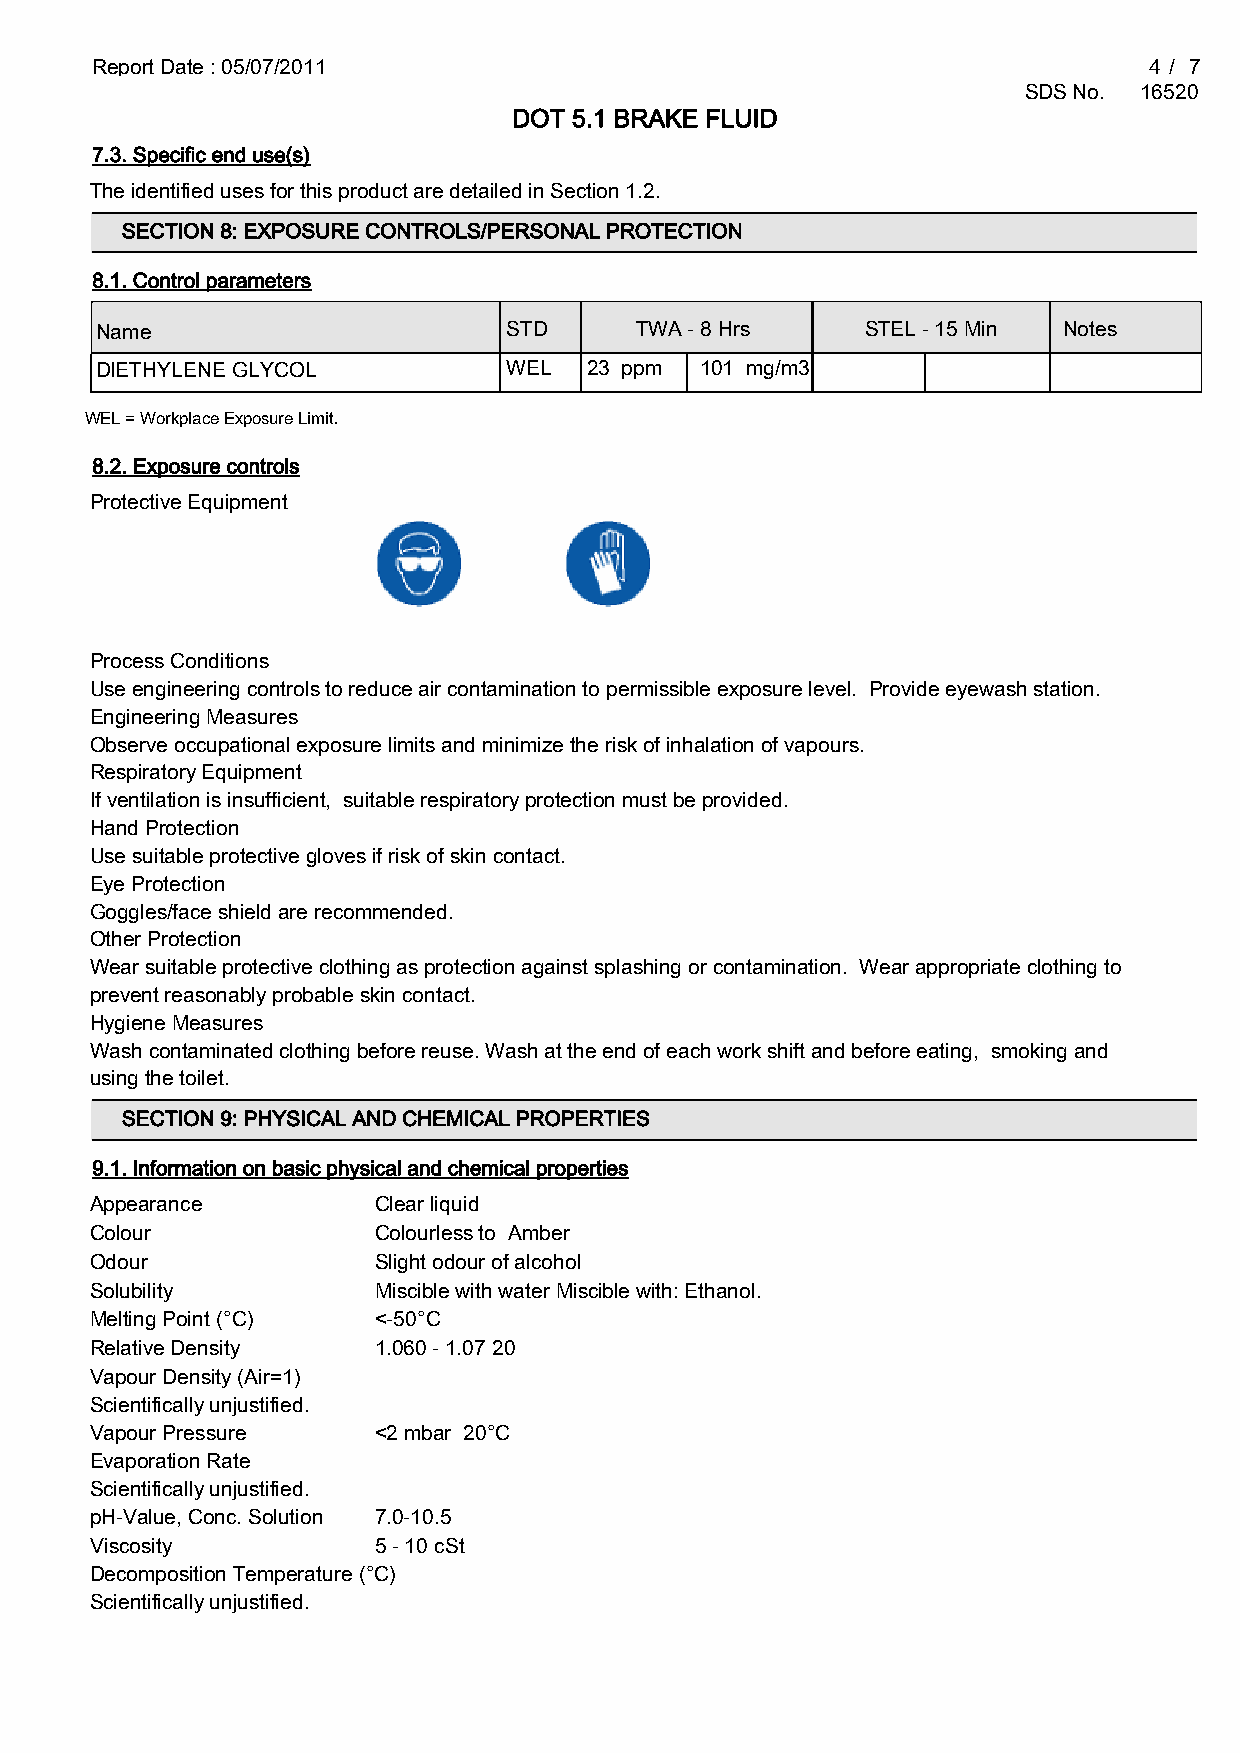
Report Date : 05/07/2011                                              4 / 7
 SDS No. 16520
 DOT 5.1 BRAKE FLUID
 7.3. Specific end use(s)
 The identified uses for this product are detailed in Section 1.2.
 SECTION 8: EXPOSURE CONTROLS/PERSONAL PROTECTION
 8.1. Control parameters
 Name                       STD      TWA - 8 Hrs    STEL - 15 Min Notes
 DIETHYLENE GLYCOL          WEL   23 ppm 101 mg/m3
 WEL = Workplace Exposure Limit.
 8.2. Exposure controls
 Protective Equipment
 Process Conditions
 Use engineering controls to reduce air contamination to permissible exposure level. Provide eyewash station.
 Engineering Measures
 Observe occupational exposure limits and minimize the risk of inhalation of vapours.
 Respiratory Equipment
 If ventilation is insufficient, suitable respiratory protection must be provided.
 Hand Protection
 Use suitable protective gloves if risk of skin contact.
 Eye Protection
 Goggles/face shield are recommended.
 Other Protection
 Wear suitable protective clothing as protection against splashing or contamination. Wear appropriate clothing to
 prevent reasonably probable skin contact.
 Hygiene Measures
 Wash contaminated clothing before reuse. Wash at the end of each work shift and before eating, smoking and
 using the toilet.
 SECTION 9: PHYSICAL AND CHEMICAL PROPERTIES
 9.1. Information on basic physical and chemical properties
 Appearance         Clear liquid
 Colour             Colourless to Amber
 Odour              Slight odour of alcohol
 Solubility         Miscible with water Miscible with: Ethanol.
 Melting Point (°C) <-50°C
 Relative Density   1.060 - 1.07 20
 Vapour Density (Air=1)
 Scientifically unjustified.
 Vapour Pressure    <2 mbar 20°C
 Evaporation Rate
 Scientifically unjustified.
 pH-Value, Conc. Solution 7.0-10.5
 Viscosity          5 - 10 cSt
 Decomposition Temperature (°C)
 Scientifically unjustified.